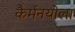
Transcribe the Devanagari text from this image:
कैर्मनयोला